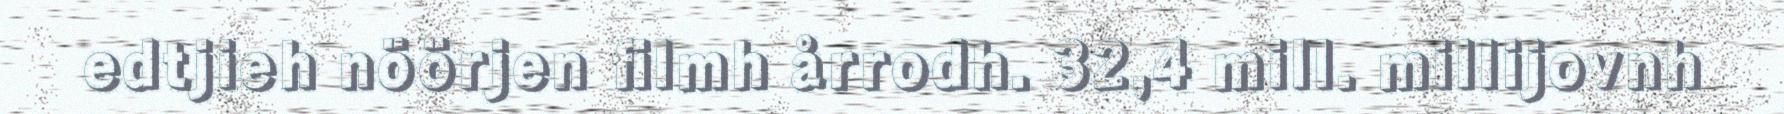
edtjieh nöörjen filmh årrodh. 32,4 mill. millijovnh